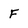
Character: F